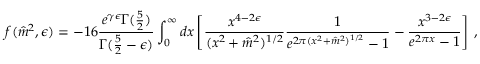
f ( \hat { m } ^ { 2 } , \epsilon ) = - 1 6 { \frac { e ^ { \gamma \epsilon } \Gamma ( { \frac { 5 } { 2 } } ) } { \Gamma ( { \frac { 5 } { 2 } } - \epsilon ) } } \int _ { 0 } ^ { \infty } d x \left[ { \frac { x ^ { 4 - 2 \epsilon } } { ( x ^ { 2 } + \hat { m } ^ { 2 } ) ^ { 1 / 2 } } } { \frac { 1 } { e ^ { 2 \pi ( x ^ { 2 } + \hat { m } ^ { 2 } ) ^ { 1 / 2 } } - 1 } } - { \frac { x ^ { 3 - 2 \epsilon } } { e ^ { 2 \pi x } - 1 } } \right] \, ,